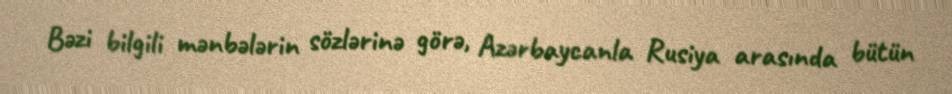
Bəzi bilgili mənbələrin sözlərinə görə, Azərbaycanla Rusiya arasında bütün